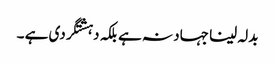
بدلہ لینا جہاد نہ ہے بلکہ دہشتگردی ہے ۔